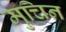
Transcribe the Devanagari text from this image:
मुचिन